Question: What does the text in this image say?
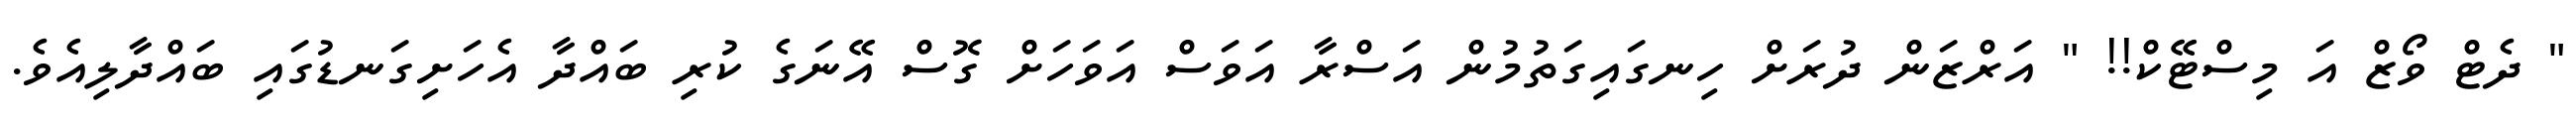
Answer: " ދެޓް ވޯޒް އަ މިސްޓޭކް!! " އަރްޒަން ދުރަށް ހިނގައިގަތުމުން އަސްރާ އަވަސް އަވަހަށް ގޮސް އޭނަގެ ކުރި ބައްދާ އެހަށިގަނޑުގައި ބައްދާލިއެވެ.